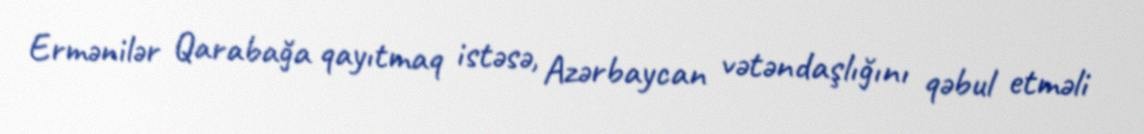
Ermənilər Qarabağa qayıtmaq istəsə, Azərbaycan vətəndaşlığını qəbul etməli